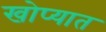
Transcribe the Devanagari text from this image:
खोप्यात